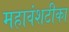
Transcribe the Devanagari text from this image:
महावंशटीका